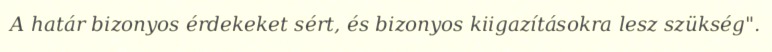
A határ bizonyos érdekeket sért, és bizonyos kiigazításokra lesz szükség".